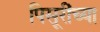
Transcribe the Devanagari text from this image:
पिसूरींच्या